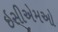
ઇસીએમઓ